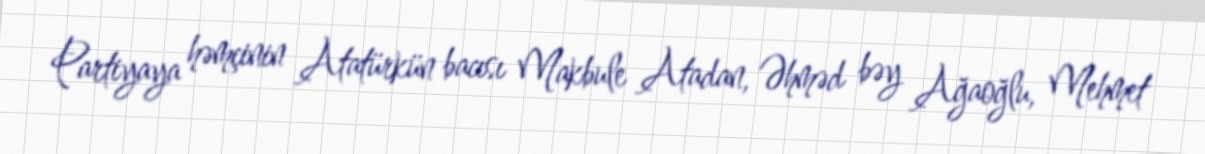
Partiyaya həmçinin Atatürkün bacısı Makbule Atadan, Əhməd bəy Ağaoğlu, Mehmet